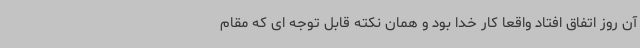
آن روز اتفاق افتاد واقعا کار خدا بود و همان نکته قابل توجه ای که مقام